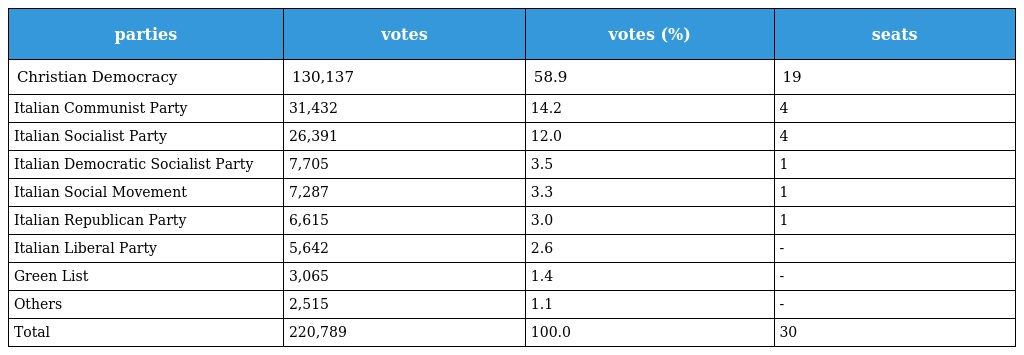
| parties | votes | votes (%) | seats |
 | --- | --- | --- | --- |
 | Christian Democracy | 130,137 | 58.9 | 19 |
 | Italian Communist Party | 31,432 | 14.2 | 4 |
 | Italian Socialist Party | 26,391 | 12.0 | 4 |
 | Italian Democratic Socialist Party | 7,705 | 3.5 | 1 |
 | Italian Social Movement | 7,287 | 3.3 | 1 |
 | Italian Republican Party | 6,615 | 3.0 | 1 |
 | Italian Liberal Party | 5,642 | 2.6 | - |
 | Green List | 3,065 | 1.4 | - |
 | Others | 2,515 | 1.1 | - |
 | Total | 220,789 | 100.0 | 30 |